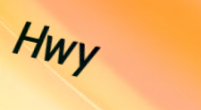
Hwy